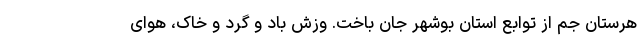
هرستان جم از توابع استان بوشهر جان باخت. وزش باد و گرد و خاک، هوای